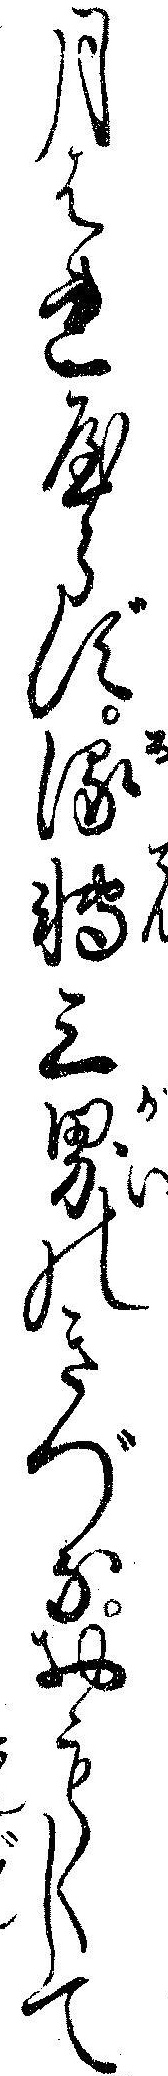
月はれやらず流転三界のきづなおもくして